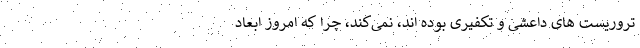
تروریست های داعشی و تکفیری بوده اند، نمی‌کند، چرا که امروز ابعاد